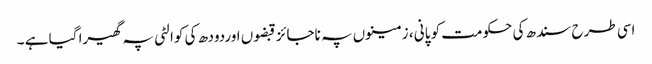
اسی طرح سندھ کی حکومت کو پانی ، زمینوں پہ ناجائز قبضوں اوردودھ کی کوالٹی پہ گھیرا گیا ہے ۔